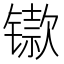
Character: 𫔋